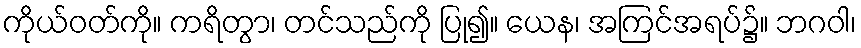
ကိုယ်ဝတ်ကို။ ကရိတွာ၊ တင်သည်ကို ပြု၍။ ယေန၊ အကြင်အရပ်၌။ ဘဂဝါ၊